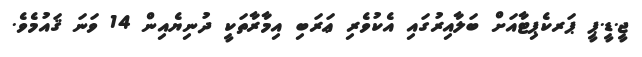
ޖީ.ޑީ.ޕީ ޕަރކެޕިޓާއަށް ބަލާއިރުގައި އެކުވެރި ޢަރަބި އިމާރާތަކީ ދުނިޔެއިން 14 ވަނަ ޤައުމެވެ.